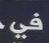
v